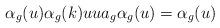
LaTeX: \begin{align*}\alpha_g(u) \alpha_g(k) u u a_g \alpha_g(u) = \alpha_g(u)\end{align*}